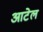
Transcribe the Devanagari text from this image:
आटेल